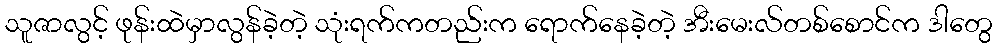
သူဇာလွင့် ဖုန်းထဲမှာလွန်ခဲ့တဲ့ သုံးရက်ကတည်းက ရောက်နေခဲ့တဲ့ အီးမေးလ်တစ်စောင်က ဒါတွေ